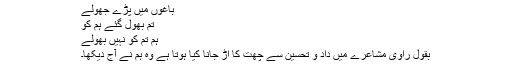
باغوں میں پڑے جھولے
تم بھول گئے ہم کو
ہم تم کو نہیں بھولے
بقول راوی مشاعرے میں داد و تحسین سے چھت کا اُڑ جانا کیا ہوتا ہے وہ ہم نے آج دیکھا۔